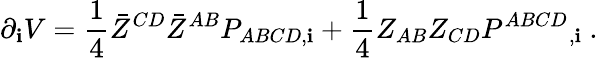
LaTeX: \partial_{\mathbf{i}}V={\frac{{1}}{{4}}}\bar{{Z}}^{CD}\bar{{Z}}^{AB}P_{ABCD,\mathbf{i}}+{\frac{{1}}{{4}}}Z_{AB}Z_{CD}P^{ABCD}{}_{,\mathbf{i}}\ .